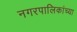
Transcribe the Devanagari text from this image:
नगरपालिकांच्या